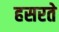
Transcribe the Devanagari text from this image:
हसरते